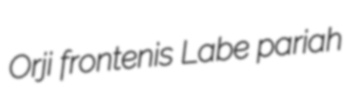
Orji frontenis Labe pariah